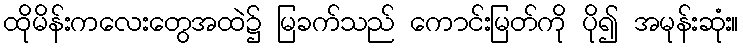
ထိုမိန်းကလေးတွေအထဲ၌ မြခက်သည် ကောင်းမြတ်ကို ပို၍ အမုန်းဆုံး။